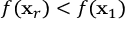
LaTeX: f ( \mathbf { x } _ { r } ) < f ( \mathbf { x } _ { 1 } )